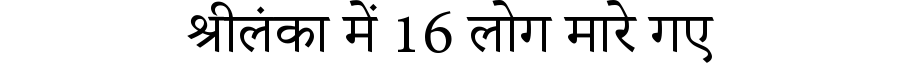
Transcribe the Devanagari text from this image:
श्रीलंका में 16 लोग मारे गए